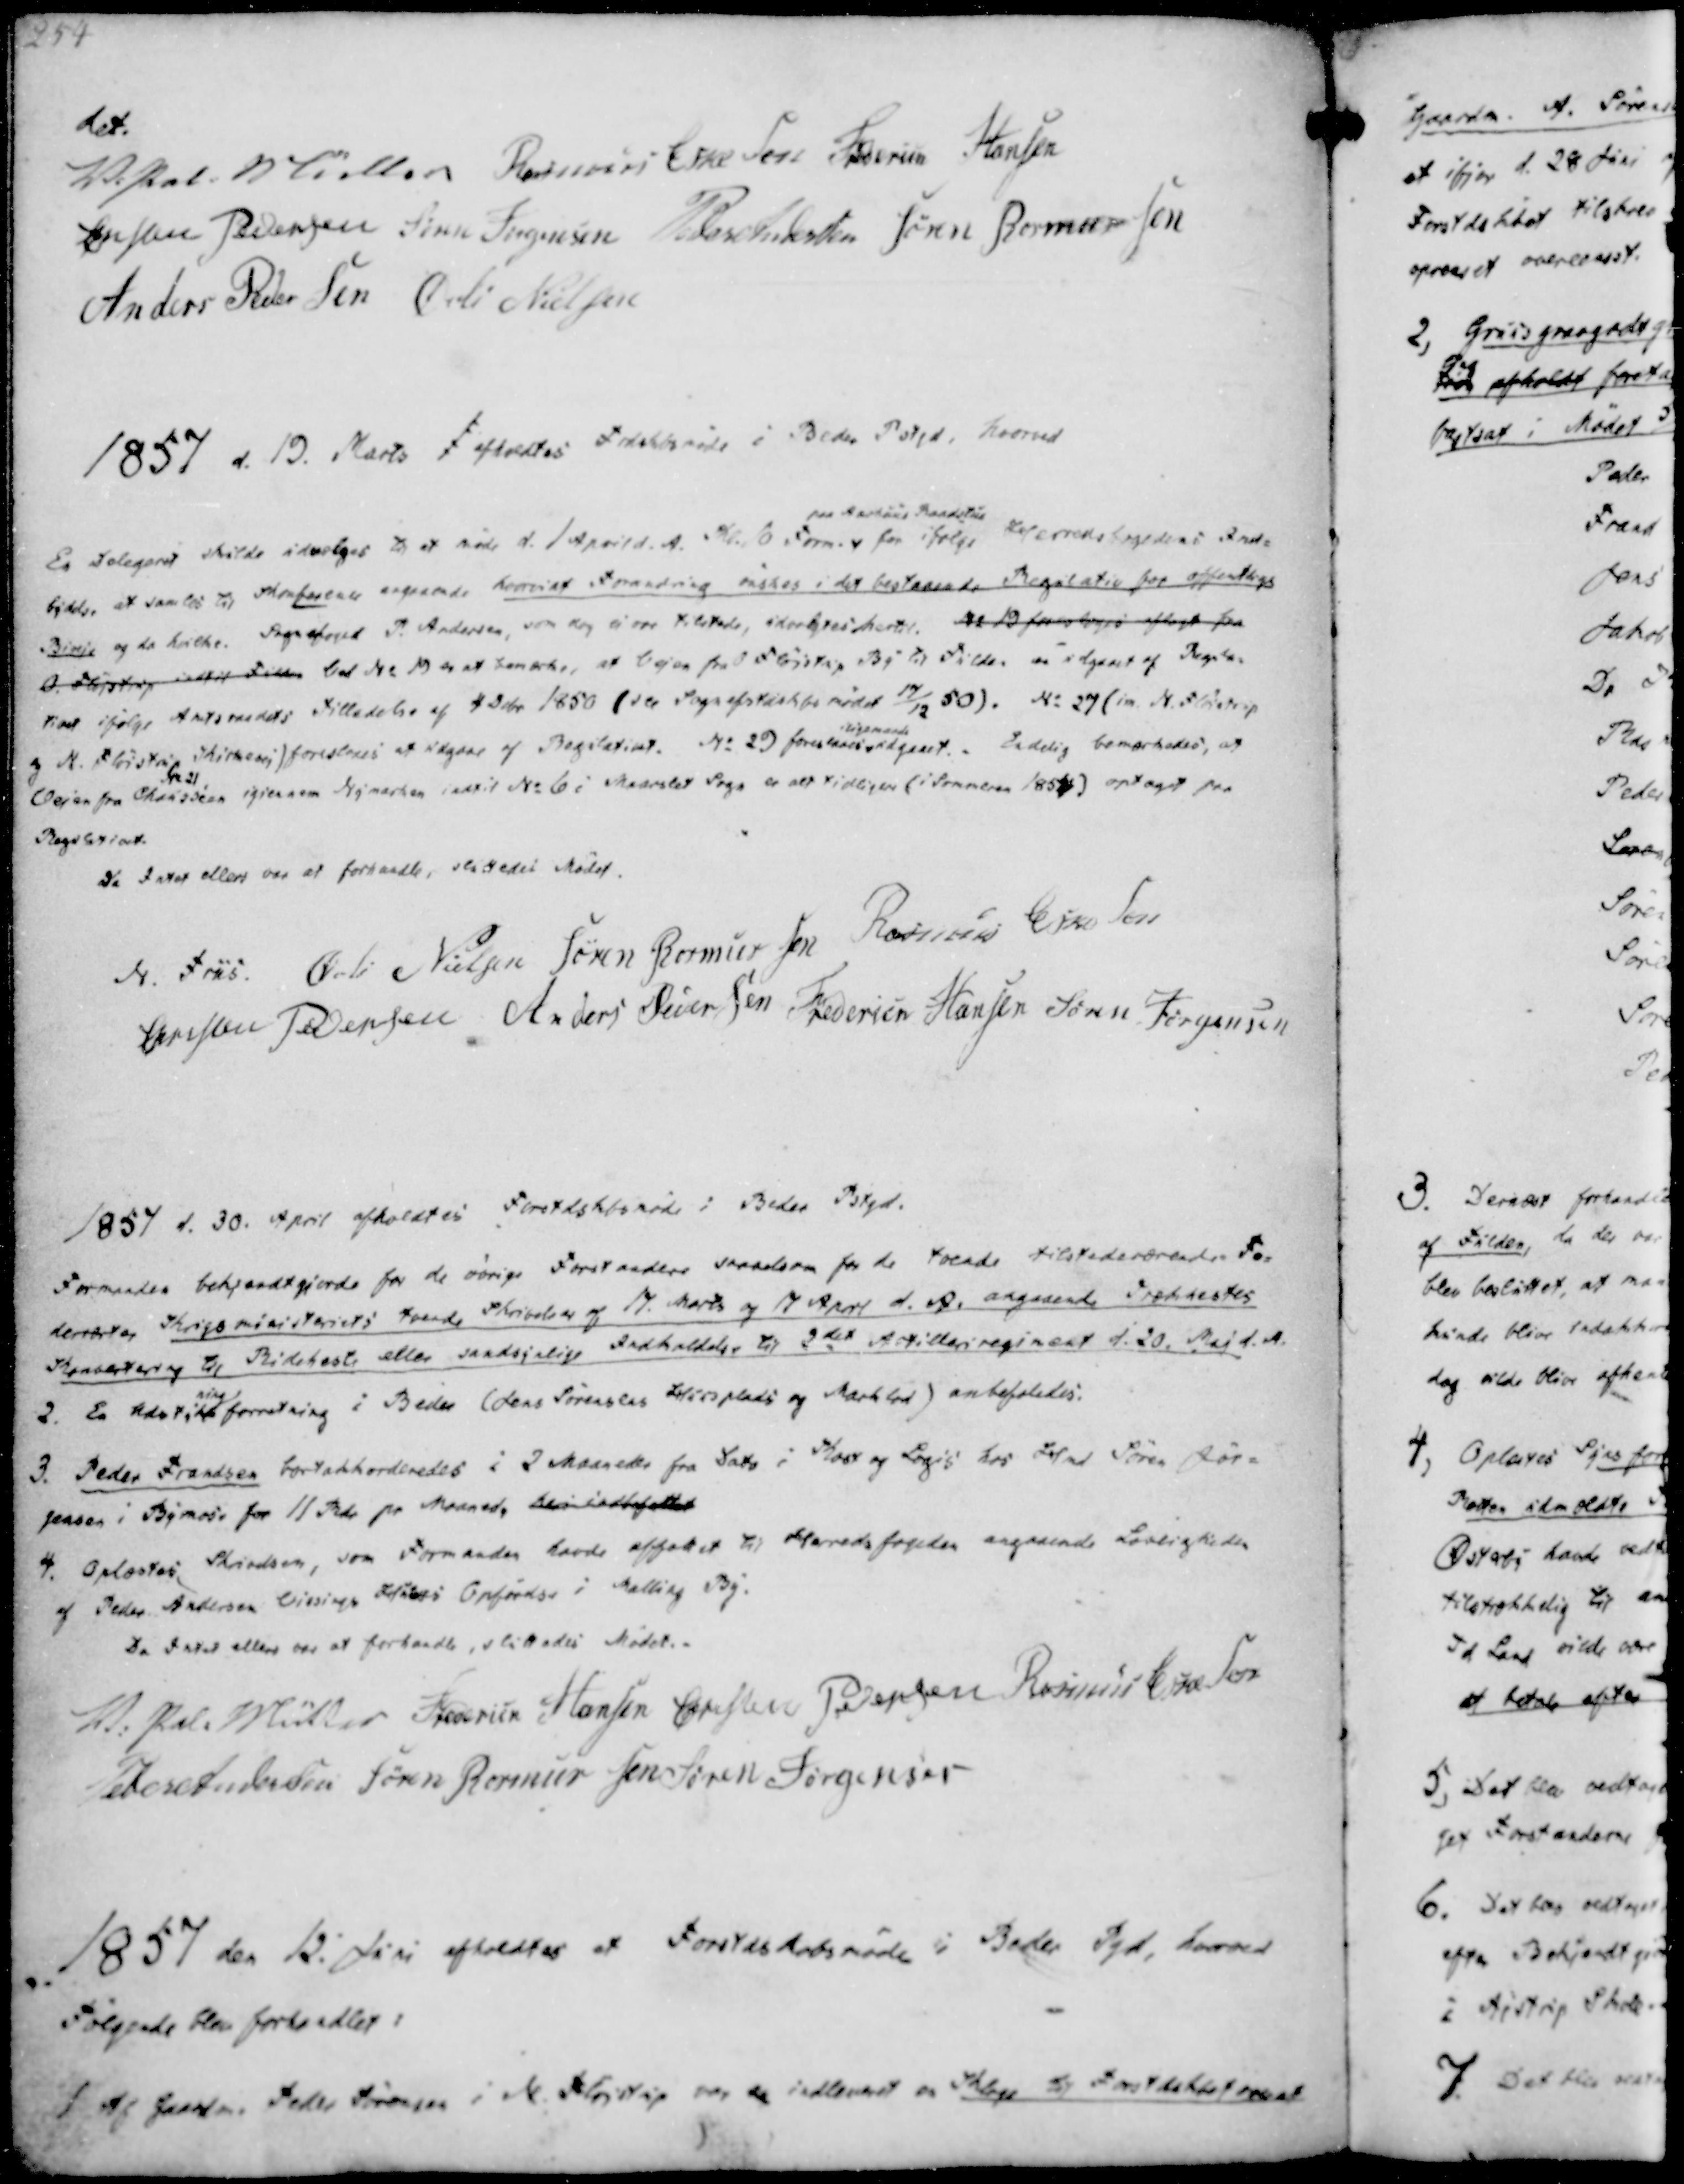
Transskription:
det.
V. Pal. Müller
Rasmus Eskesen
Frederik Hansen
Christen Pedersen
Søren Jørgensen
Peder Andersen
Søren Rasmussen
Anders Pedersen
Øvli Nielsen

1857 d. 19. Marts afholdtes Frdskbsmøde i Beder Pstgd, hvorved

En Delegeret skulde udvælges til at møde d. 1 April d. A. Kl. 10 Form.
paa Aarhuus Raadstue
for ifølge Herredsfogedens Ind-
bydelse at samles til skraforlav angaaende hvorvidt Forandring ønskes i det bestaaende Regulativ for offentlige
Biveje og da hvilke. Sognefoged P. Andersen, som dog ei var tilstede, udvalgtes hertil. No 19 forsloges aflagt fra
O. Fløjstrup indtil Fulden Ved No 19 er at bemærke, at Vejen fra O Fløjstrup By til Fulden er udgaaet af Regula-
tivet ifølge Amtsraadets Tilladelse af 4 Dcbr 1850 (see Sognefstdskbsmødet 17/12 50). No 29 im. N. Fløistrup
og N. Fløistrup Kirkevej) foresloges af udgaae af Regulativet.
No 29 foreslaaes
iligemaade
udgaaet.
Endelig bemærkedes, at
No 21
Vejen fra Chausseen igiennem Nymarken indtil No 6 i Maarslet Sogn er alt tidligere (i Sommeren 1854) optaget paa
Regulativet.
Da Intet ellers var at forhandle, sluttedes Mødet.

N. Friis
Øvli Nielsen
Søren Rasmussen
Rasmus Eskesen
Christen Pedersen
Anders Pedersen
Frederik Hansen
Søren Jørgensen

1857 d. 30. April afholdtes Forstskbsmøde i Beder Pstgd.

Formanden bekjendtgjorde for de øvrige Forstandere saavelsom for de tvende tilstedeværende Fo-
derværter Krigsministeriets tvende Skrivelser af 17. Marts og 17 April d.A. angaaende Trækhestes
Kornværtering til Rideheste eller sandsynlige Indkaldelse til 2det Artilleriregiment d. 20. Maj d.A.
2. En Udstyk
ning
forretning i Beder (Jens Sørensens Huusplads og Marklod) anbefaledes.
3. Peder Frandsen bortakkorderedes i 2 Maaneder fra Dato i Kost og Logis hos Hmd Søren Jør-
gensen i Bymose for 11 Rdr pr Maaned, heri indbefattet
4. Oplæstes Skrivelsen, som Formanden havde affattet til Herredsfogeden angaaende Lovligheden
af Peder Andersen Vissings Huus Opførelse i Malling By.
Da Intet ellers var at forhandle, sluttedes Mødet.-

V. Pal. Müller
Frederik Hansen
Christen Pedersen
Rasmus Eskesen
Peder Andersen
Søren Rasmussen
Søren Jørgensen

1857 den 12. Juni afholdtes et Forstdskabsmøde i Beder Pgd, hvorved
Følgende blev forhandlet:
1. Af Gaardm. Peder Sørensen i N. Fløjstrup om var da indleveret en Klage til Forstdskbet om at